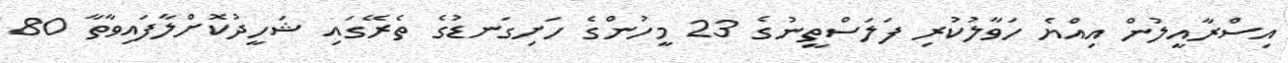
އިސްރާއީލުން އިއްޔެ ހަވާލުކުރި ފަލަސްތީނުގެ 23 މީހުންގެ ހަށިގަނޑުގެ ތެރޭގައި ޝަހީދުކޮށްލާފައިވާތާ 80